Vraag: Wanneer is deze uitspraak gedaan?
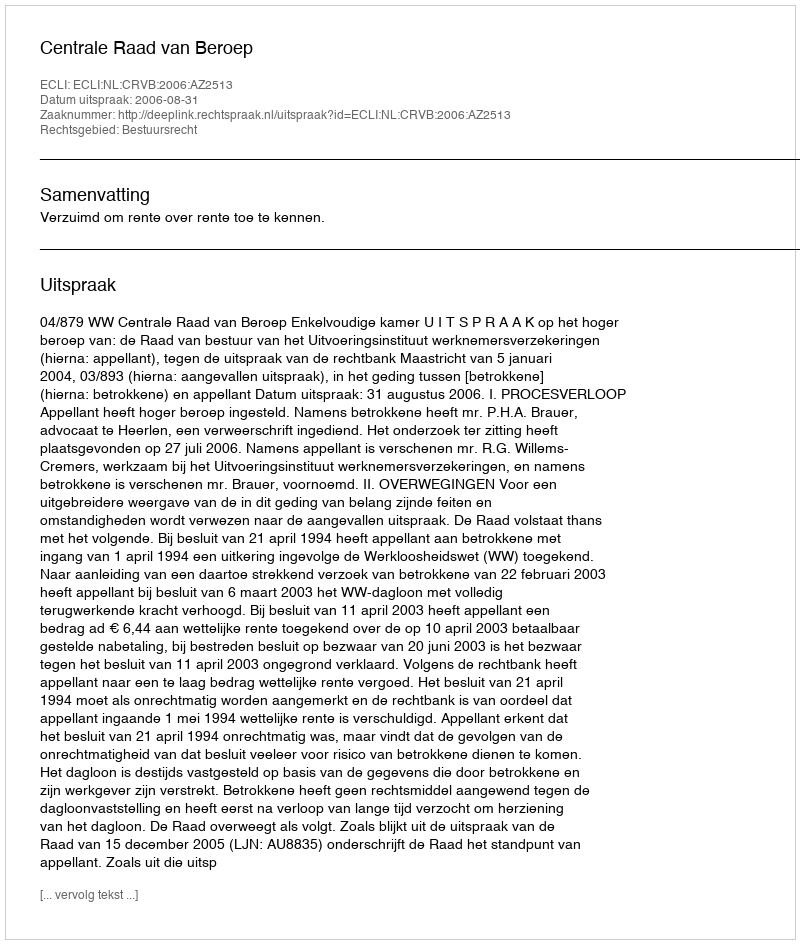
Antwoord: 2006-08-31